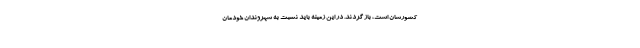
کشورشان است، باز گردند. در این زمینه باید نسبت به شهروندان خودمان